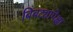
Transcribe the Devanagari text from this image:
बिबट्यापेक्षा